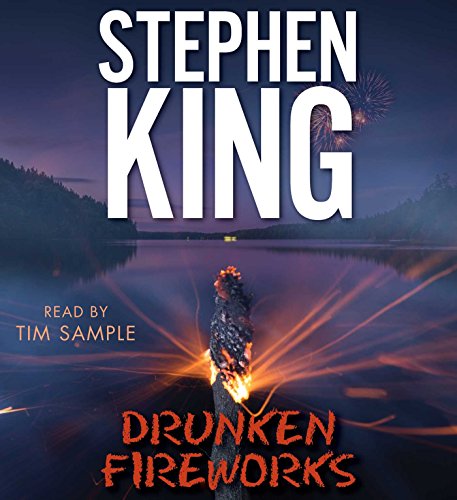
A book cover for Drunken Fireworks; Stephen King; Mystery, Thriller & Suspense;